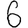
Digit: 6